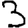
Digit: 3